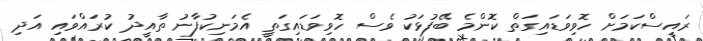
ރައީސްކަމަށް ހޮވިވަޑައިގަތް ކޮންމެ ބޭފުޅަކު ވެސް ހޮވިވަޑައިގަތީ އެމަނިކުފާނު ތާއީދު ކުރައްވައި އަދި